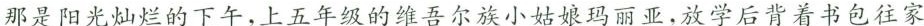
那是阳光灿烂的下午，上五年级的维吾尔族小姑娘玛丽亚，放学后背着书包往家